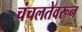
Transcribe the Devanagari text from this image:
चंचलतेवरून